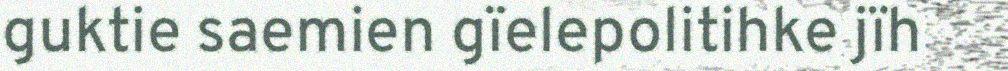
guktie saemien gïelepolitihke jïh